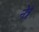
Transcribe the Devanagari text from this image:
नेत्रं